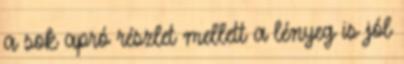
a sok apró részlet mellett a lényeg is jól